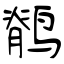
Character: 鹡